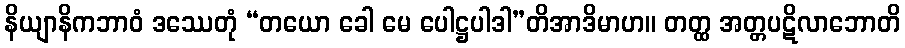
နိယျာနိကဘာဝံ ဒဿေတုံ “တယော ခေါ မေ ပေါဋ္ဌပါဒါ”တိအာဒိမာဟ။ တတ္ထ အတ္တပဋိလာဘောတိ